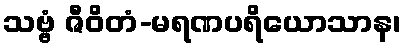
သဗ္ဗံ ဇီဝိတံ-မရဏပရိယောသာန၊